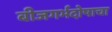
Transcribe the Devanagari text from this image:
बीजगर्भदोषाचा